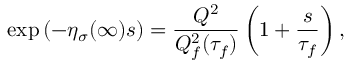
\exp \left( - \eta _ { \sigma } ( \infty ) s \right) = \frac { Q ^ { 2 } } { Q _ { f } ^ { 2 } ( \tau _ { f } ) } \left( 1 + \frac { s } { \tau _ { f } } \right) ,